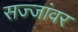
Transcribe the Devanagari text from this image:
सज्जांवर